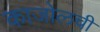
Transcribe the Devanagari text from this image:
काजोलची